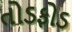
તોડફોડ